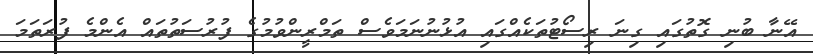
އޭނާ ބުނި ގޮތުގައި ގިނަ ރިސޯޓުތަކެއްގައި އުޅުނުނަމަވެސް ތަމްރީންވުމުގެ ފުރުސަތުތައް އެންމެ ފުރަތަމަ